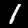
Label: 1